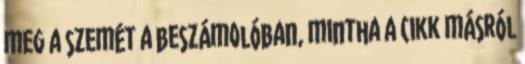
meg a szemét a beszámolóban, mintha a cikk másról